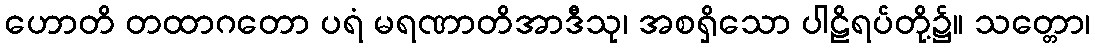
ဟောတိ တထာဂတော ပရံ မရဏာတိအာဒီသု၊ အစရှိသော ပါဠိရပ်တို့၌။ သတ္တော၊